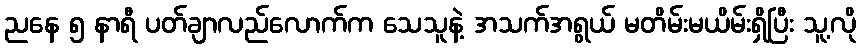
ညနေ ၅ နာရီ ပတ်ချာလည်လောက်က သေသူနဲ့ အသက်အရွယ် မတိမ်းမယိမ်းရှိပြီး သူ့လို